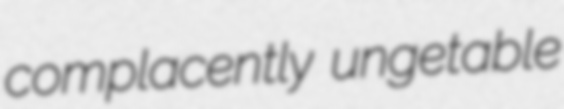
complacently ungetable